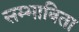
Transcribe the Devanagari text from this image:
सम्भाविता